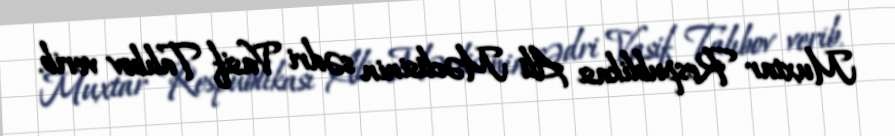
Muxtar Respublikası Ali Məclisinin sədri Vasif Talıbov verib.